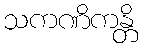
သကဏိကန္တိ